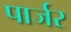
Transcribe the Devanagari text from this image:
पार्जर